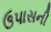
ઉપાસની